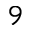
9